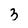
Character: 3